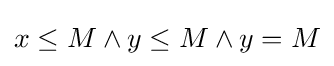
x\leq M\land y\leq M\land y=M